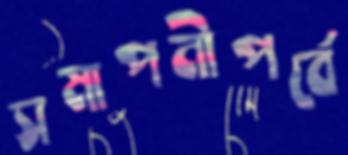
সমাপনীপর্বে